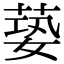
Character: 蒆